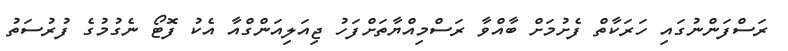
ރަސްފަންނުގައި ހަރަކާތް ފެށުމަށް ބާއްވާ ރަސްމިއްޔާތަށްފަހު ޖިއަލިއަންގްއާ އެކު ފޮޓޯ ނެގުމުގެ ފުރުސަތު